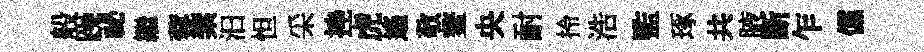
般躁祕繼蓉索汩怛采挫虎遙敬鳌央耐拎浩監琢共腋斷乍儻